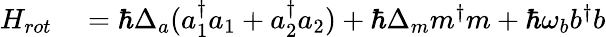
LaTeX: \begin{array}{rl}{H_{rot}}&{{}=\hbar\Delta_{a}(a_{1}^{\dagger}a_{1}+a_{2}^{\dagger}a_{2})+\hbar\Delta_{m}m^{\dagger}m+\hbar\omega_{b}b^{\dagger}b}\end{array}